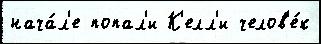
нача́л'е попал'и К'елл'и челов'е́к